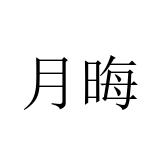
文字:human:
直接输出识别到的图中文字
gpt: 月晦